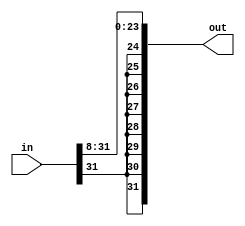
module right_shift8(in, out);

	input [31:0] in;
	output [31:0] out;
	
	// perform 8-bit right arithmetic shift
	
	assign out[0] = in[8];
	assign out[1] = in[9];
	assign out[2] = in[10];
	assign out[3] = in[11];
	assign out[4] = in[12];
	assign out[5] = in[13];
	assign out[6] = in[14];
	assign out[7] = in[15];
	assign out[8] = in[16];
	assign out[9] = in[17];
	assign out[10] = in[18];
	assign out[11] = in[19];
	assign out[12] = in[20];
	assign out[13] = in[21];
	assign out[14] = in[22];
	assign out[15] = in[23];
	assign out[16] = in[24];
	assign out[17] = in[25];
	assign out[18] = in[26];
	assign out[19] = in[27];
	assign out[20] = in[28];
	assign out[21] = in[29];
	assign out[22] = in[30];
	assign out[23] = in[31];
	
	// extend MSD
	
	assign out[24] = in[31];
	assign out[25] = in[31];
	assign out[26] = in[31];
	assign out[27] = in[31];
	assign out[28] = in[31];
	assign out[29] = in[31];
	assign out[30] = in[31];
	assign out[31] = in[31];

endmodule